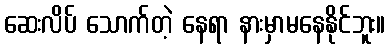
ဆေးလိပ် သောက်တဲ့ နေရာ နားမှာမနေနိုင်ဘူး။